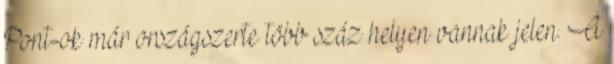
Pont-ok már országszerte több száz helyen vannak jelen. A